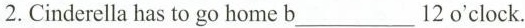
2. Cinderella has to go home b___ 12 o'clock.